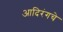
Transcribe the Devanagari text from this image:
आदिरंगचे